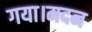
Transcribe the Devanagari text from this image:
गया।मदन